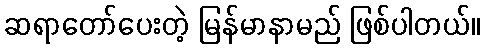
ဆရာတော်ပေးတဲ့ မြန်မာနာမည် ဖြစ်ပါတယ်။